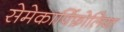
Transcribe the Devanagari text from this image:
सेमेकार्पिफ़ोलिया